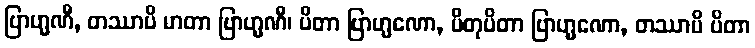
ဗြာဟ္မဏီ, တဿာပိ မာတာ ဗြာဟ္မဏီ၊ ပိတာ ဗြာဟ္မဏော, ပိတုပိတာ ဗြာဟ္မဏော, တဿာပိ ပိတာ